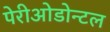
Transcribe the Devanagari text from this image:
पेरीओडोन्टल